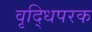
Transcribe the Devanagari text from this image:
वृद्धिपरक